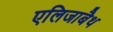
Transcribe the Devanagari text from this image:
एलिजाबैथ